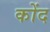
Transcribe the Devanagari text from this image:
कोंद